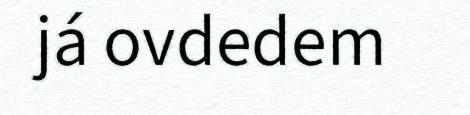
já ovdedem